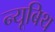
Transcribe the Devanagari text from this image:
न्यूबिथ